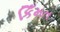
કિઁમત